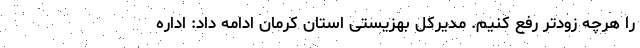
را هرچه زودتر رفع کنیم. مدیرکل بهزیستی استان کرمان ادامه داد: اداره